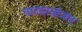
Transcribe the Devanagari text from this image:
नाट्यायोजन